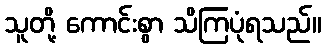
သူတို့ ကောင်းစွာ သိကြပုံရသည်။